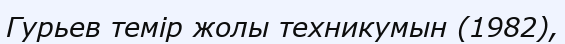
Гурьев темір жолы техникумын (1982),